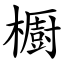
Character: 櫉